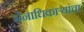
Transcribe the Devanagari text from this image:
सेनाधिकाऱ्यांचा